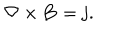
LaTeX: { \bf \nabla } \times { \bf B } = { \bf j } .